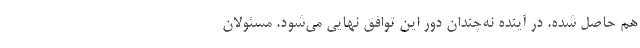
هم حاصل شده. در آینده نه‌چندان دور این توافق نهایی می‌شود. مسئولان